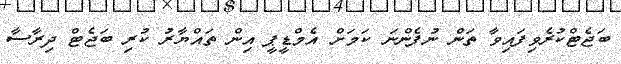
ބަޖެޓްކުރެވިފައިވާ ތަން ނުފެންނަ ކަމަށް އެމްޑީޕީ އިން ތައްޔާރު ކުރި ބަޖެޓް ދިރާސާ